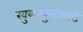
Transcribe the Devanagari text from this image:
खुळखुळणारी